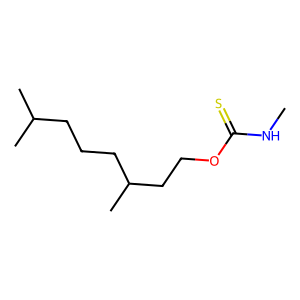
SMILES: CNC(=S)OCCC(C)CCCC(C)C
Inhibits HIV replication: No